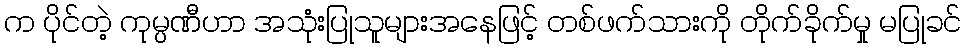
က ပိုင်တဲ့ ကုမ္ပဏီဟာ အသုံးပြုသူများအနေဖြင့် တစ်ဖက်သားကို တိုက်ခိုက်မှု မပြုခင်